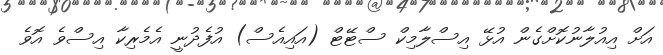
އަށް އިއުލާނުކޮށްގެން އުޅޭ އިސްލާމިކް ސްޓޭޓް (އައިއެސް) އުފެދުނީ އެމެރިކާ އިސްވެ އޮވެ